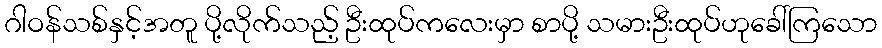
ဂါဝန်သစ်နှင့်အတူ ပို့လိုက်သည့် ဦးထုပ်ကလေးမှာ စာပို့ သမားဦးထုပ်ဟုခေါ်ကြသော